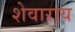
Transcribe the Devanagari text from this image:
शेवाराय